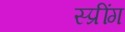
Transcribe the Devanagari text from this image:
स्प्रींग